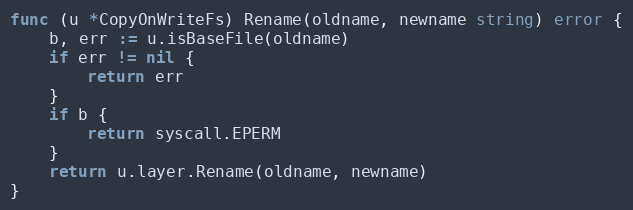
Language: Go
func (u *CopyOnWriteFs) Rename(oldname, newname string) error {
	b, err := u.isBaseFile(oldname)
	if err != nil {
		return err
	}
	if b {
		return syscall.EPERM
	}
	return u.layer.Rename(oldname, newname)
}